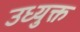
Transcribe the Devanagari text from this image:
उध्युक्त